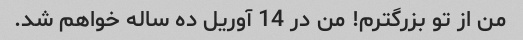
من از تو بزرگترم! من در 14 آوریل ده ساله خواهم شد.